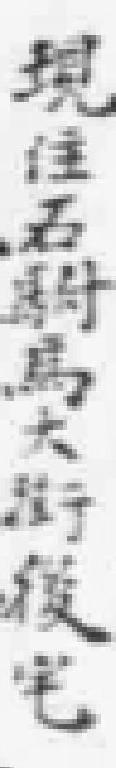
現住石驸马大街後宅